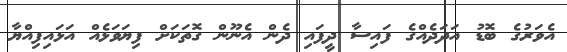
އެވަރުގެ ބޮޑު އަދަދެއްގެ ފައިސާ ދީފައި ދެން އެނޫން ގޮތަކަށް ފިޔަވަޅެއް އަޅައިފިއްޔާ